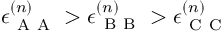
\epsilon _ { \mathrm { ~ A ~ A ~ } } ^ { ( n ) } > \epsilon _ { \mathrm { ~ B ~ B ~ } } ^ { ( n ) } > \epsilon _ { \mathrm { ~ C ~ C ~ } } ^ { ( n ) }